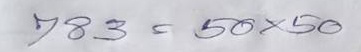
783 = 50x50